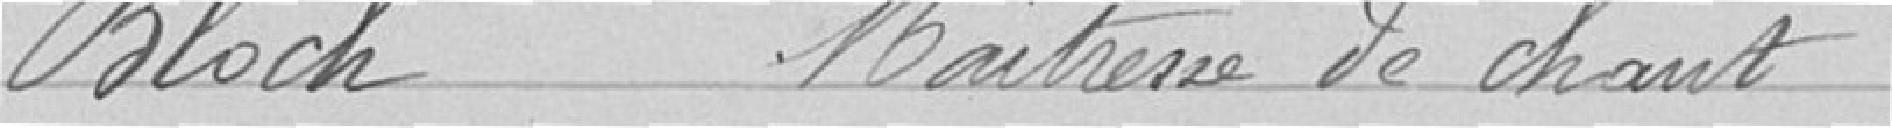
Bloch Maitresse de chant